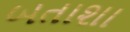
બતાશા